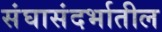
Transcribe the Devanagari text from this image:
संघासंदर्भातील